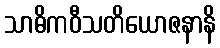
သာဓိကဝီသတိယောဇနာနိ